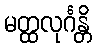
မတ္ထလုင်္ဂန္တိ